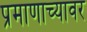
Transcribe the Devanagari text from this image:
प्रमाणाच्यावर